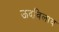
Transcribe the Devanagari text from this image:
ऊदविलाव